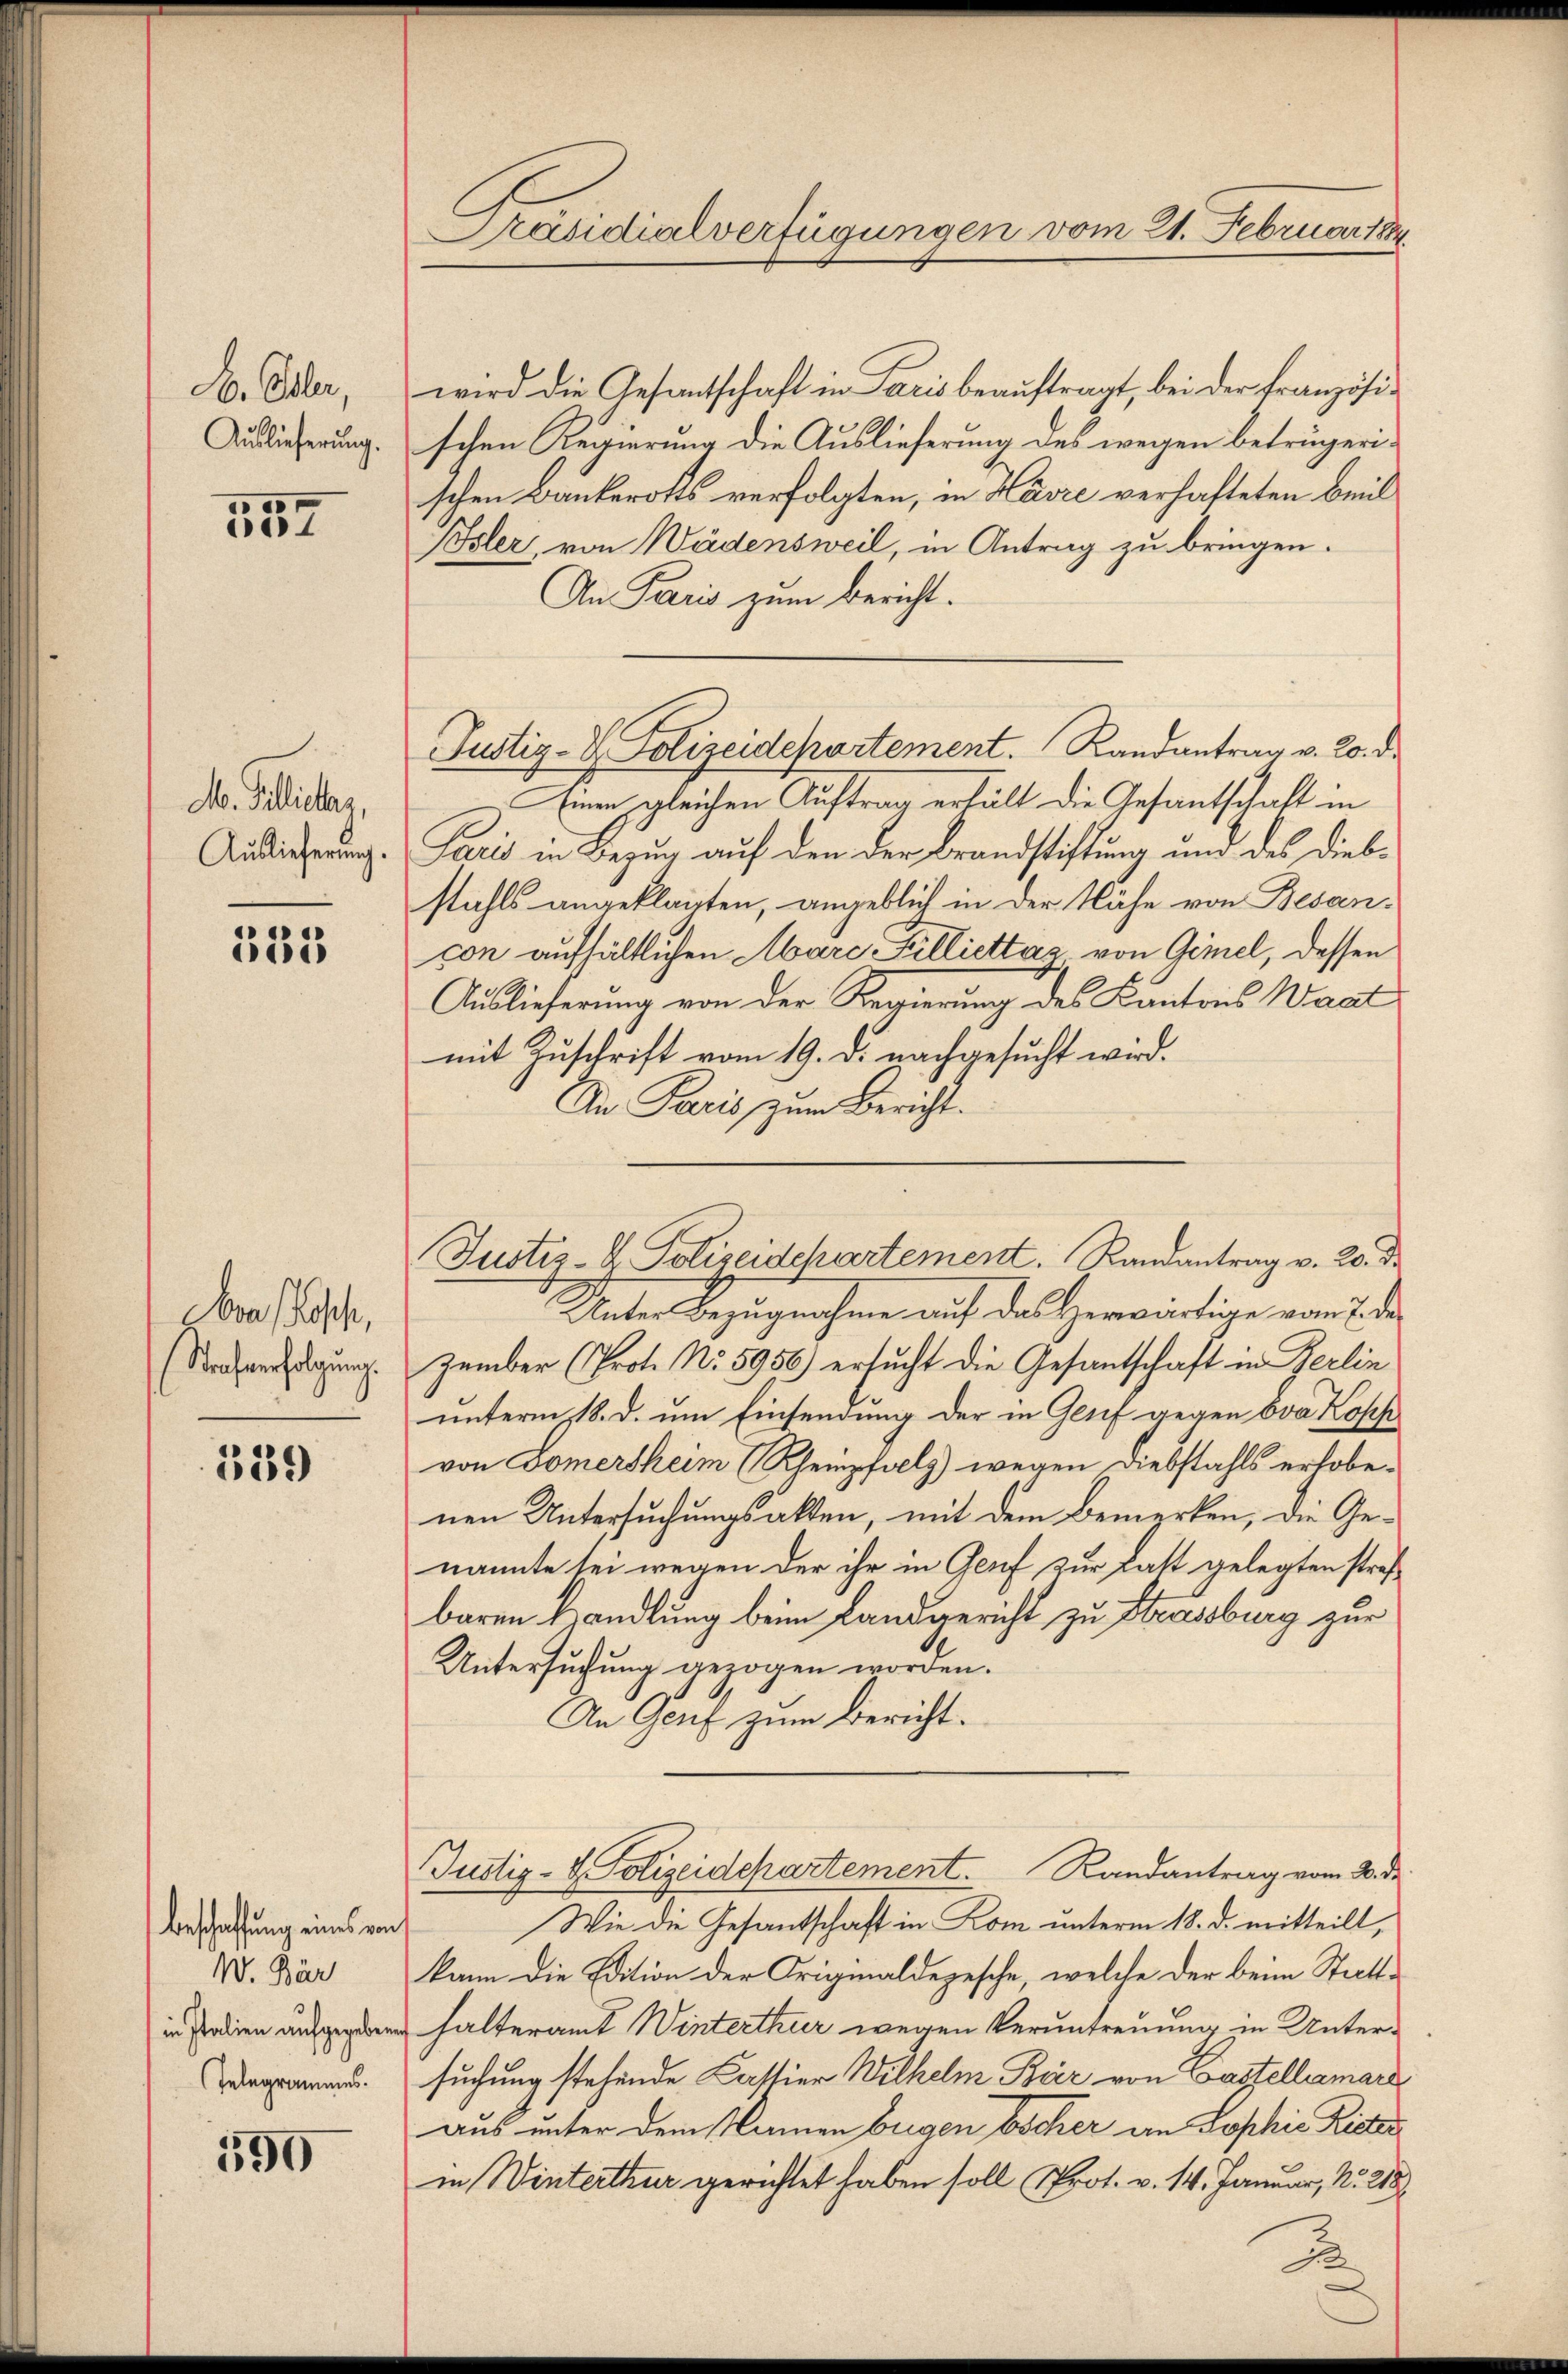
E. Ohler,
Auslieferung.

557

M. Gillietas,
Auslieferung.

333

Ara (Rosch,
Strafverfolgung.

339

Beschaffung eines von
W. Bär
in Italien aufgegeben
Telegrammes.

590

Präsidialverfügungen vom 21. Februar 1884

wird die Gesantschaft in Paris beauftragt, bei der Französischen Regierung die Auslieferung des wegen beträgerischen Bankerotts verfolgten, in Havre verhafteten Beil
Pösler, von Wädensweil, in Antrag zu bringen.
An Paris zum Bericht.
Einen gleichen Auftrag erhält die Gesantschaft in
Paris in Bezug auf den der Brandstiftung und des Diebstahls angeklauten, angeblich in der Nähe von Besancon aufhältlichen Marc Filliettaz von Gimel, dessen
Auslieferung von der Regierung des Kantons Waat
mit Zuschrift vom 19. d. nachgesucht wird.
An Praxis zum Bericht.
Unter Bezugnahme auf das Herwärtige vom 7. des
zember (Prot. No. 5956) ersucht die Gesandtschaft in Berlin
unterm 18. d. um Einsendung der in Genf gegen Eva Kopf
von Domersheim (Rhempfels) wegen Diebstahls erhobenen Untersuchungsakten, mit dem Bemerken, die Genannte sei wegen der ihr in Genf zur Latt gelegten strafbaren Handlung beim Landgericht zu Strassburg zur
Untersuchung gezogen worden.
An Genf zum Bericht.
Justiz- & Polizeidepartement. Randantrag vom 2. de
Wie die Gesantschaft in Kom unterm 18. d. mitteilt,
kann die Edition der Originaldepesche, welche der beim Statthalteramt Winterthur wegen Veruntreuung in Untersuchung stehende Castier Wilhelm Bär von Castellamare
aus unter dem Namen begen Escher an Sophie Lister
in Winterthur gerichtet haben soll Prot. v. 14. Januar, No. 218

Justiz- & Polizeidepartement. Randantrag v. 20. d.

Justiz- & Polizeidepartement. Randantrag v. 20. d.

.